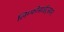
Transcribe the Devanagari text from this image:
लिम्फोसाईट्सवर